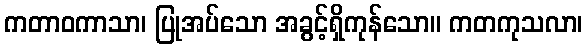
ကတာဝကာသာ၊ ပြုအပ်သော အခွင့်ရှိကုန်သော။ ကတကုသလာ၊